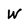
Character: W